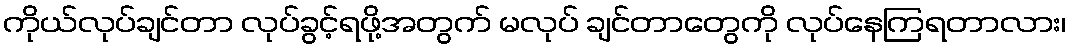
ကိုယ်လုပ်ချင်တာ လုပ်ခွင့်ရဖို့အတွက် မလုပ် ချင်တာတွေကို လုပ်နေကြရတာလား၊